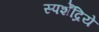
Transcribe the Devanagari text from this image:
स्पर्शेंद्रिये